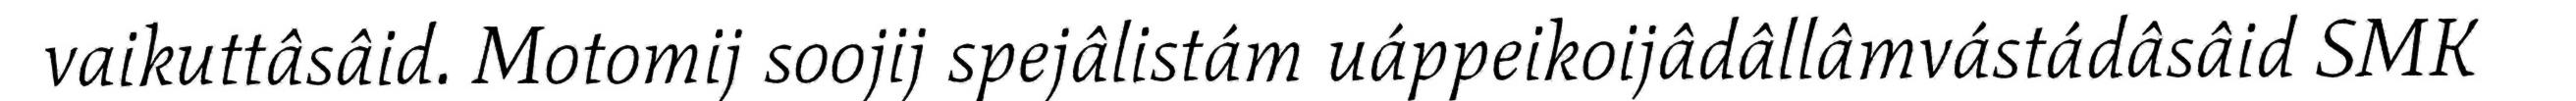
vaikuttâsâid. Motomij soojij spejâlistám uáppeikoijâdâllâmvástádâsâid SMK